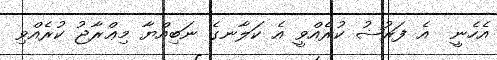
އެހެނީ  އެ ފަރުޟު ކުރެއްވީ އެ ކަލާނގެ ނަބިއްޔާ މިޢްރާޖު ކުރެއްވި